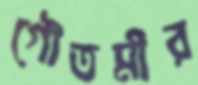
গৌতমীর